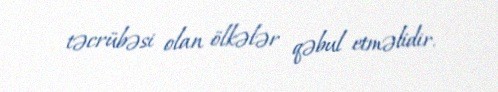
təcrübəsi olan ölkələr qəbul etməlidir.